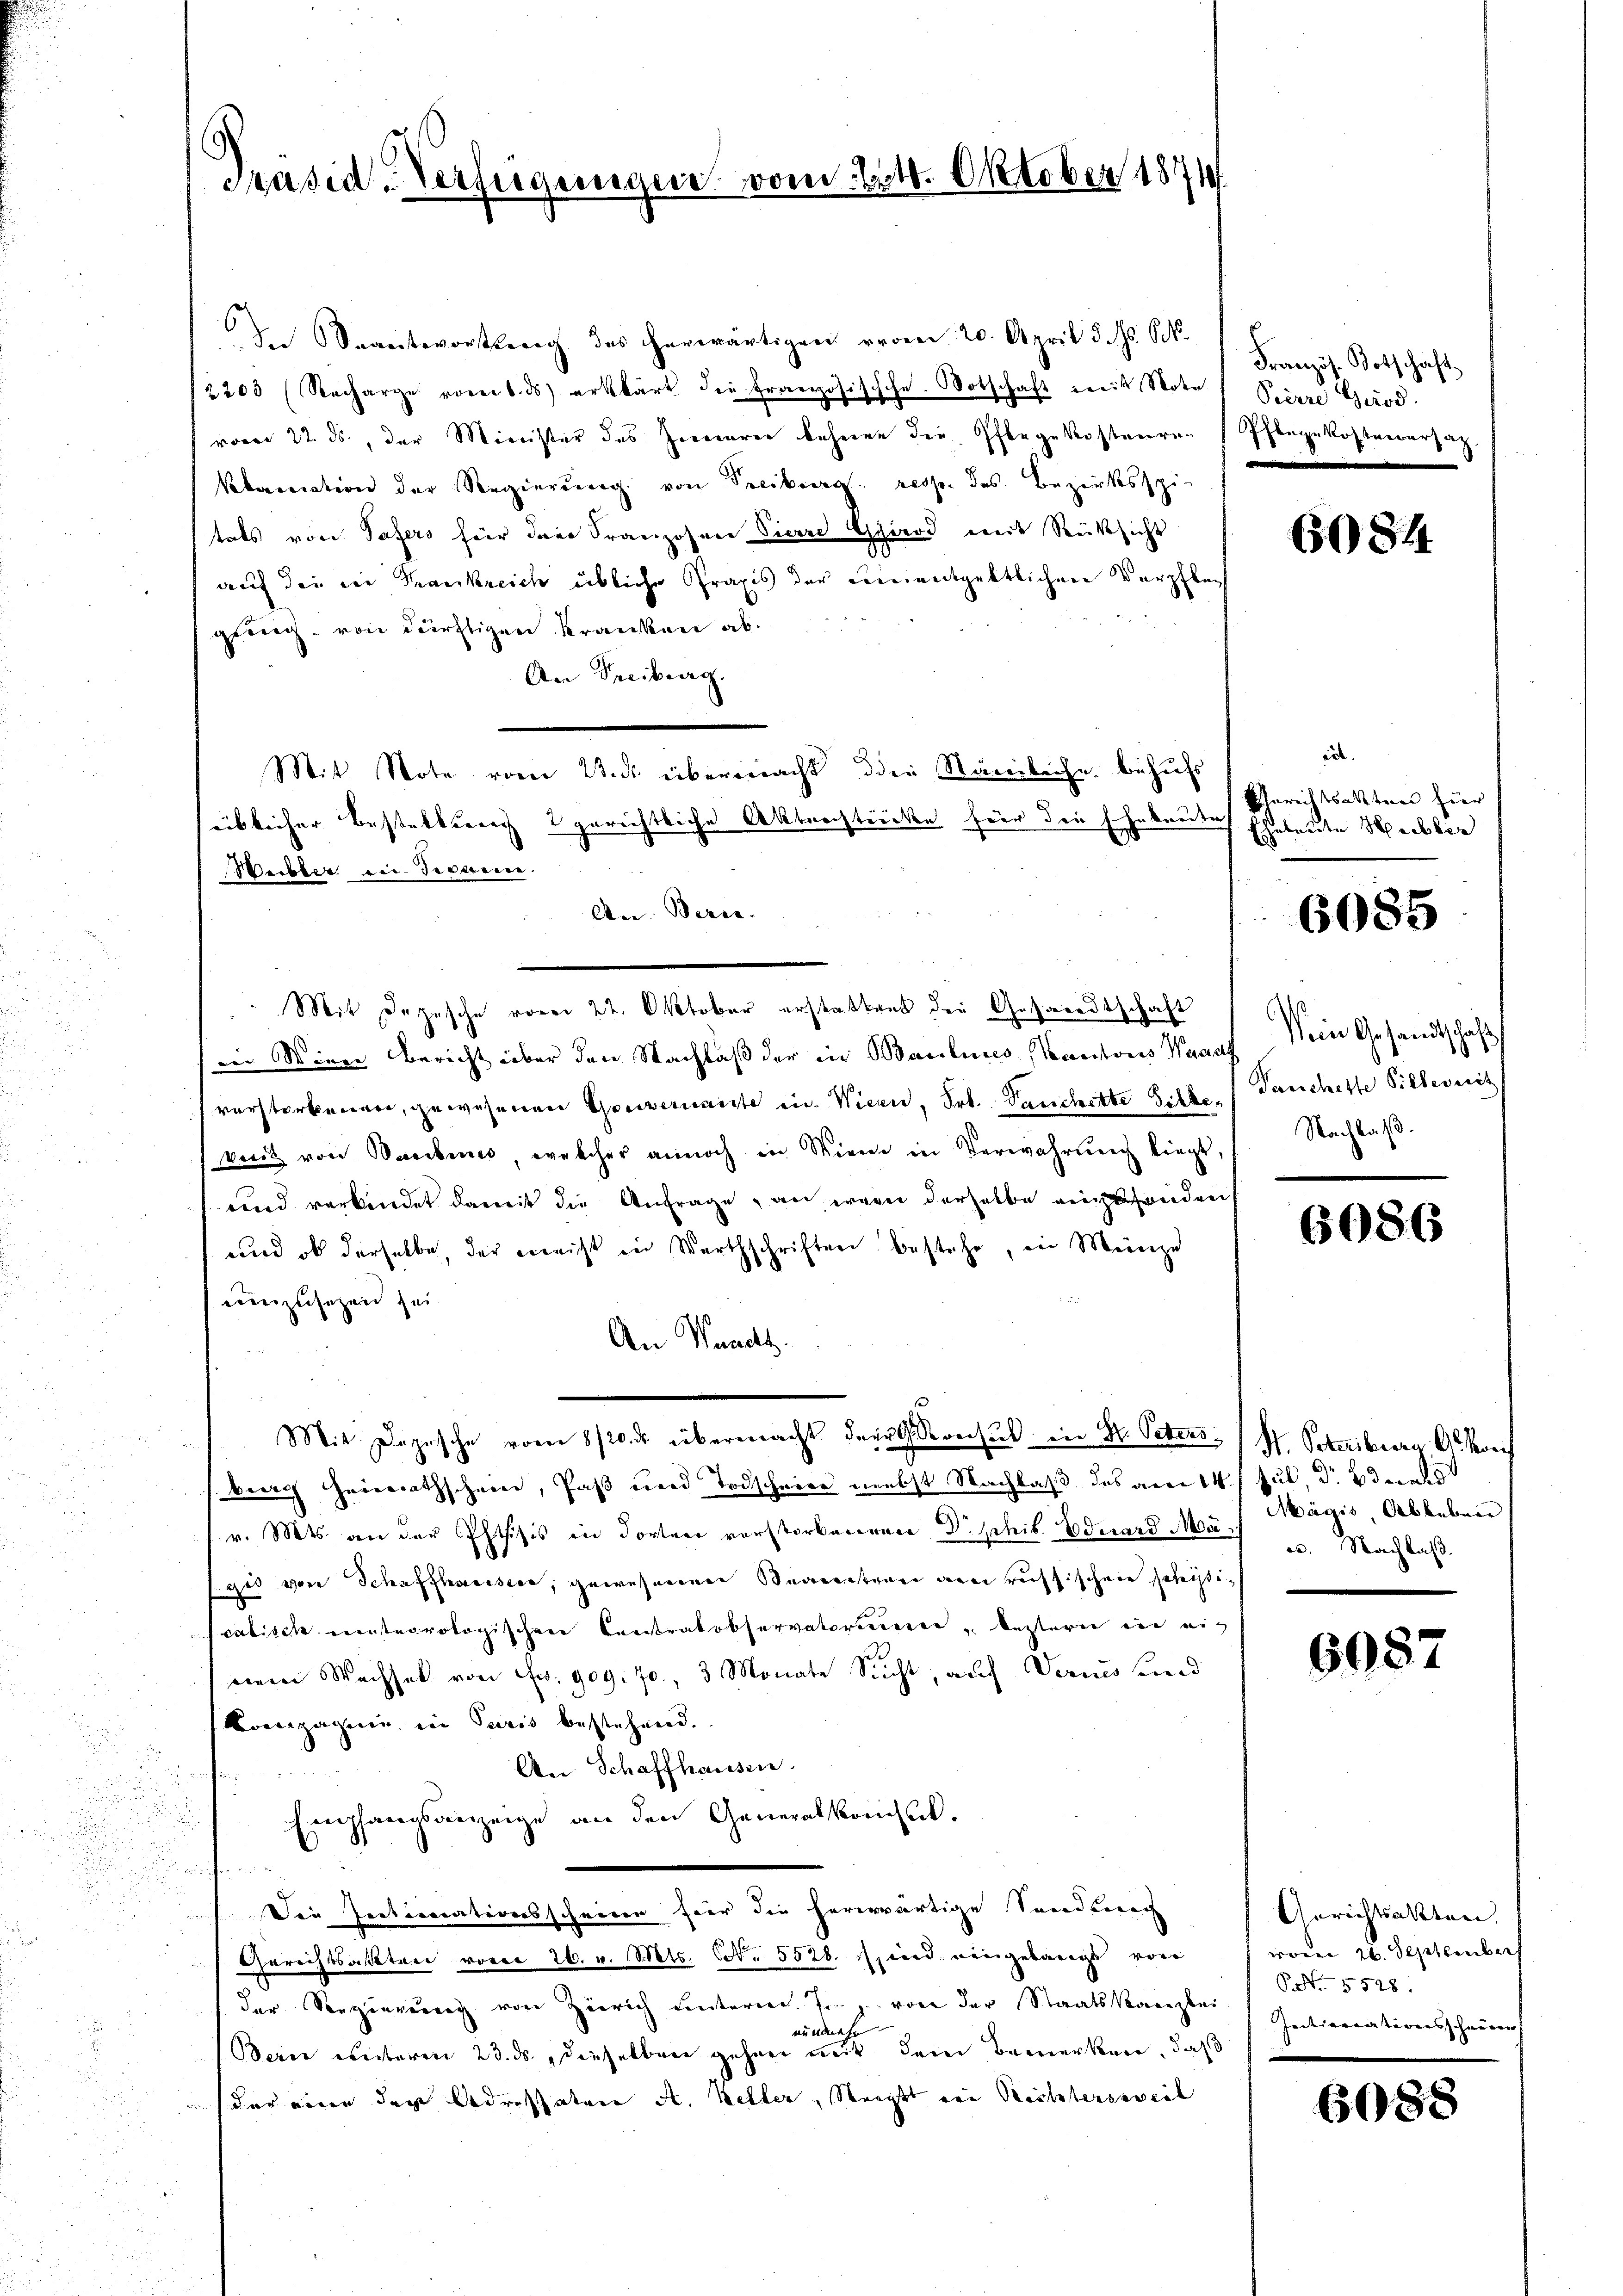
s

Präsid. Verfügungen vom 21. Oktober 1871

In Spantsvortreng des herwärtigen reden 20. April d. s. S.
2203 (Recharge vom 6. ds erklärt die Französischche. Botschaft mit Note Priere Grod
vom 22. ds, der Minister des Herrieren beheren die Pflegekostenre Pflegekostenversa
Nebeneration der Regierung von Freiburg resp. des Bezirksspi
tats von Tafers für der Franzosen Viere Girod mit Rüksicht
auf die in Krankreich übliche Praxis der einentgeltlichen Verpflegling von dürftigen Kranken ab.
An Treiburg.
Mit Note vom 2. ds. übermacht den Stäreiliche behufs
ihn Alterstrickte für die Ehebreitet
üblicher Bestellung 2.
2
Weiber ein Termine.
An. Beric
Mit Depesche vom 27. Oktober erstattens der Gesandtschaft
in Wiene Bericht über den Nachlaß der in Baulines Kantons Waadt
vorsterbenen, gewesenen Gouvernante in Wien, Frl. Teuchette Silbevet von Bauben, welcher annoch in Wien in Verwahrŭng liegt. Nachlaβ.
und verbindet damit die Anfrage, an wenn derselbe einzusenden
und ob derselbe, der meist in Werthschriften bestehe, in Meinze
einzusetzen sei.
An Waadt.
Mit Depesche vom 8/20. ds. übermacht der Konsul in St. Peters H. Petersbera, G. Kreis
berich Heinrrathschnee, Paß und Todschneer nebst Nachlaß des am 14. Jul, Dr. Staats
v. Mts. an der Phtisis in dorten verstorbenen Dr Schib. Eduard Ma u. Nachlaβ.
gis von Schaffhaussere, gewesenen Begeration den russischen schristicalisch erinteorologischen Contratobservatorieren lezteren in eig
nem Wachsel von Fr. 909. 70, 3 Monate Sucht, auch Darin und
Compagnie in Paris bestehend.
An Schaffhausen.
Empfangsanzeige an den Generalkonsil.
hen
 Die Zentionationsschneien für die hererwärtige Sandenen
 Gerichtsakten vorer 26. v. Mts. S. 5520. sind. eingelangs von
der Regierung von Zürich Lentarier. J. von der Staatskanzlei Intimationsscheine
nunmehr
Berer weiteren 23. ds., dieselben gehen mit dem Bemerken, daß
dar voren das bedrospatern A. Keller, Stragst von Rechtersweil

Französ. Botschaft

6084

ice.
Gerichtsakten hier
Eheleute Hieblic

6085

Dein Gesandtschaft
Tanchette Silbereit

6086

Mägis, Ableben

6087

Gerichtsakten.
woren 20. September
P. Nr. 5528.

6085